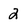
Character: 2